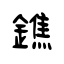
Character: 鐎